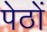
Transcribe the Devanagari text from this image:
पेठों